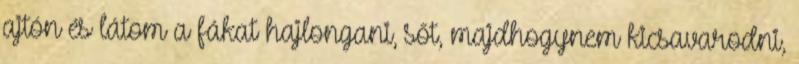
ajtón és látom a fákat hajlongani, sőt, majdhogynem kicsavarodni,